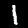
Digit: 1